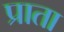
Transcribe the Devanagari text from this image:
प्राता